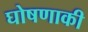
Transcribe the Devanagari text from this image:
घोषणाकी